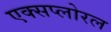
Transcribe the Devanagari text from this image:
एक्सप्लोरल